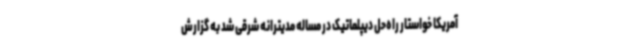
آمریکا خواستار راه‌حل دیپلماتیک در مساله مدیترانه شرقی شد به گزارش